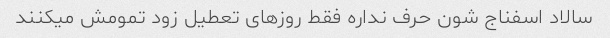
سالاد اسفناج شون حرف نداره فقط روزهای تعطیل زود تمومش میکنند